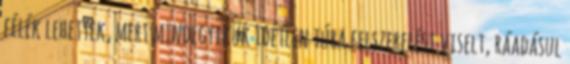
félék lehettek, mert mindegyikük idétlen túra felszerelést viselt, ráadásul